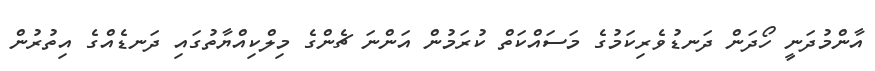
އާންމުދަނީ ހޯދަން ދަނޑުވެރިކަމުގެ މަސައްކަތް ކުރަމުން އަންނަ ޗެންގެ މިލްކިއްޔާތުގައި ދަނޑެއްގެ އިތުރުން